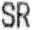
SR